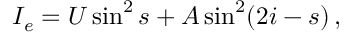
I _ { e } = U \sin ^ { 2 } s + A \sin ^ { 2 } ( 2 i - s ) \, ,